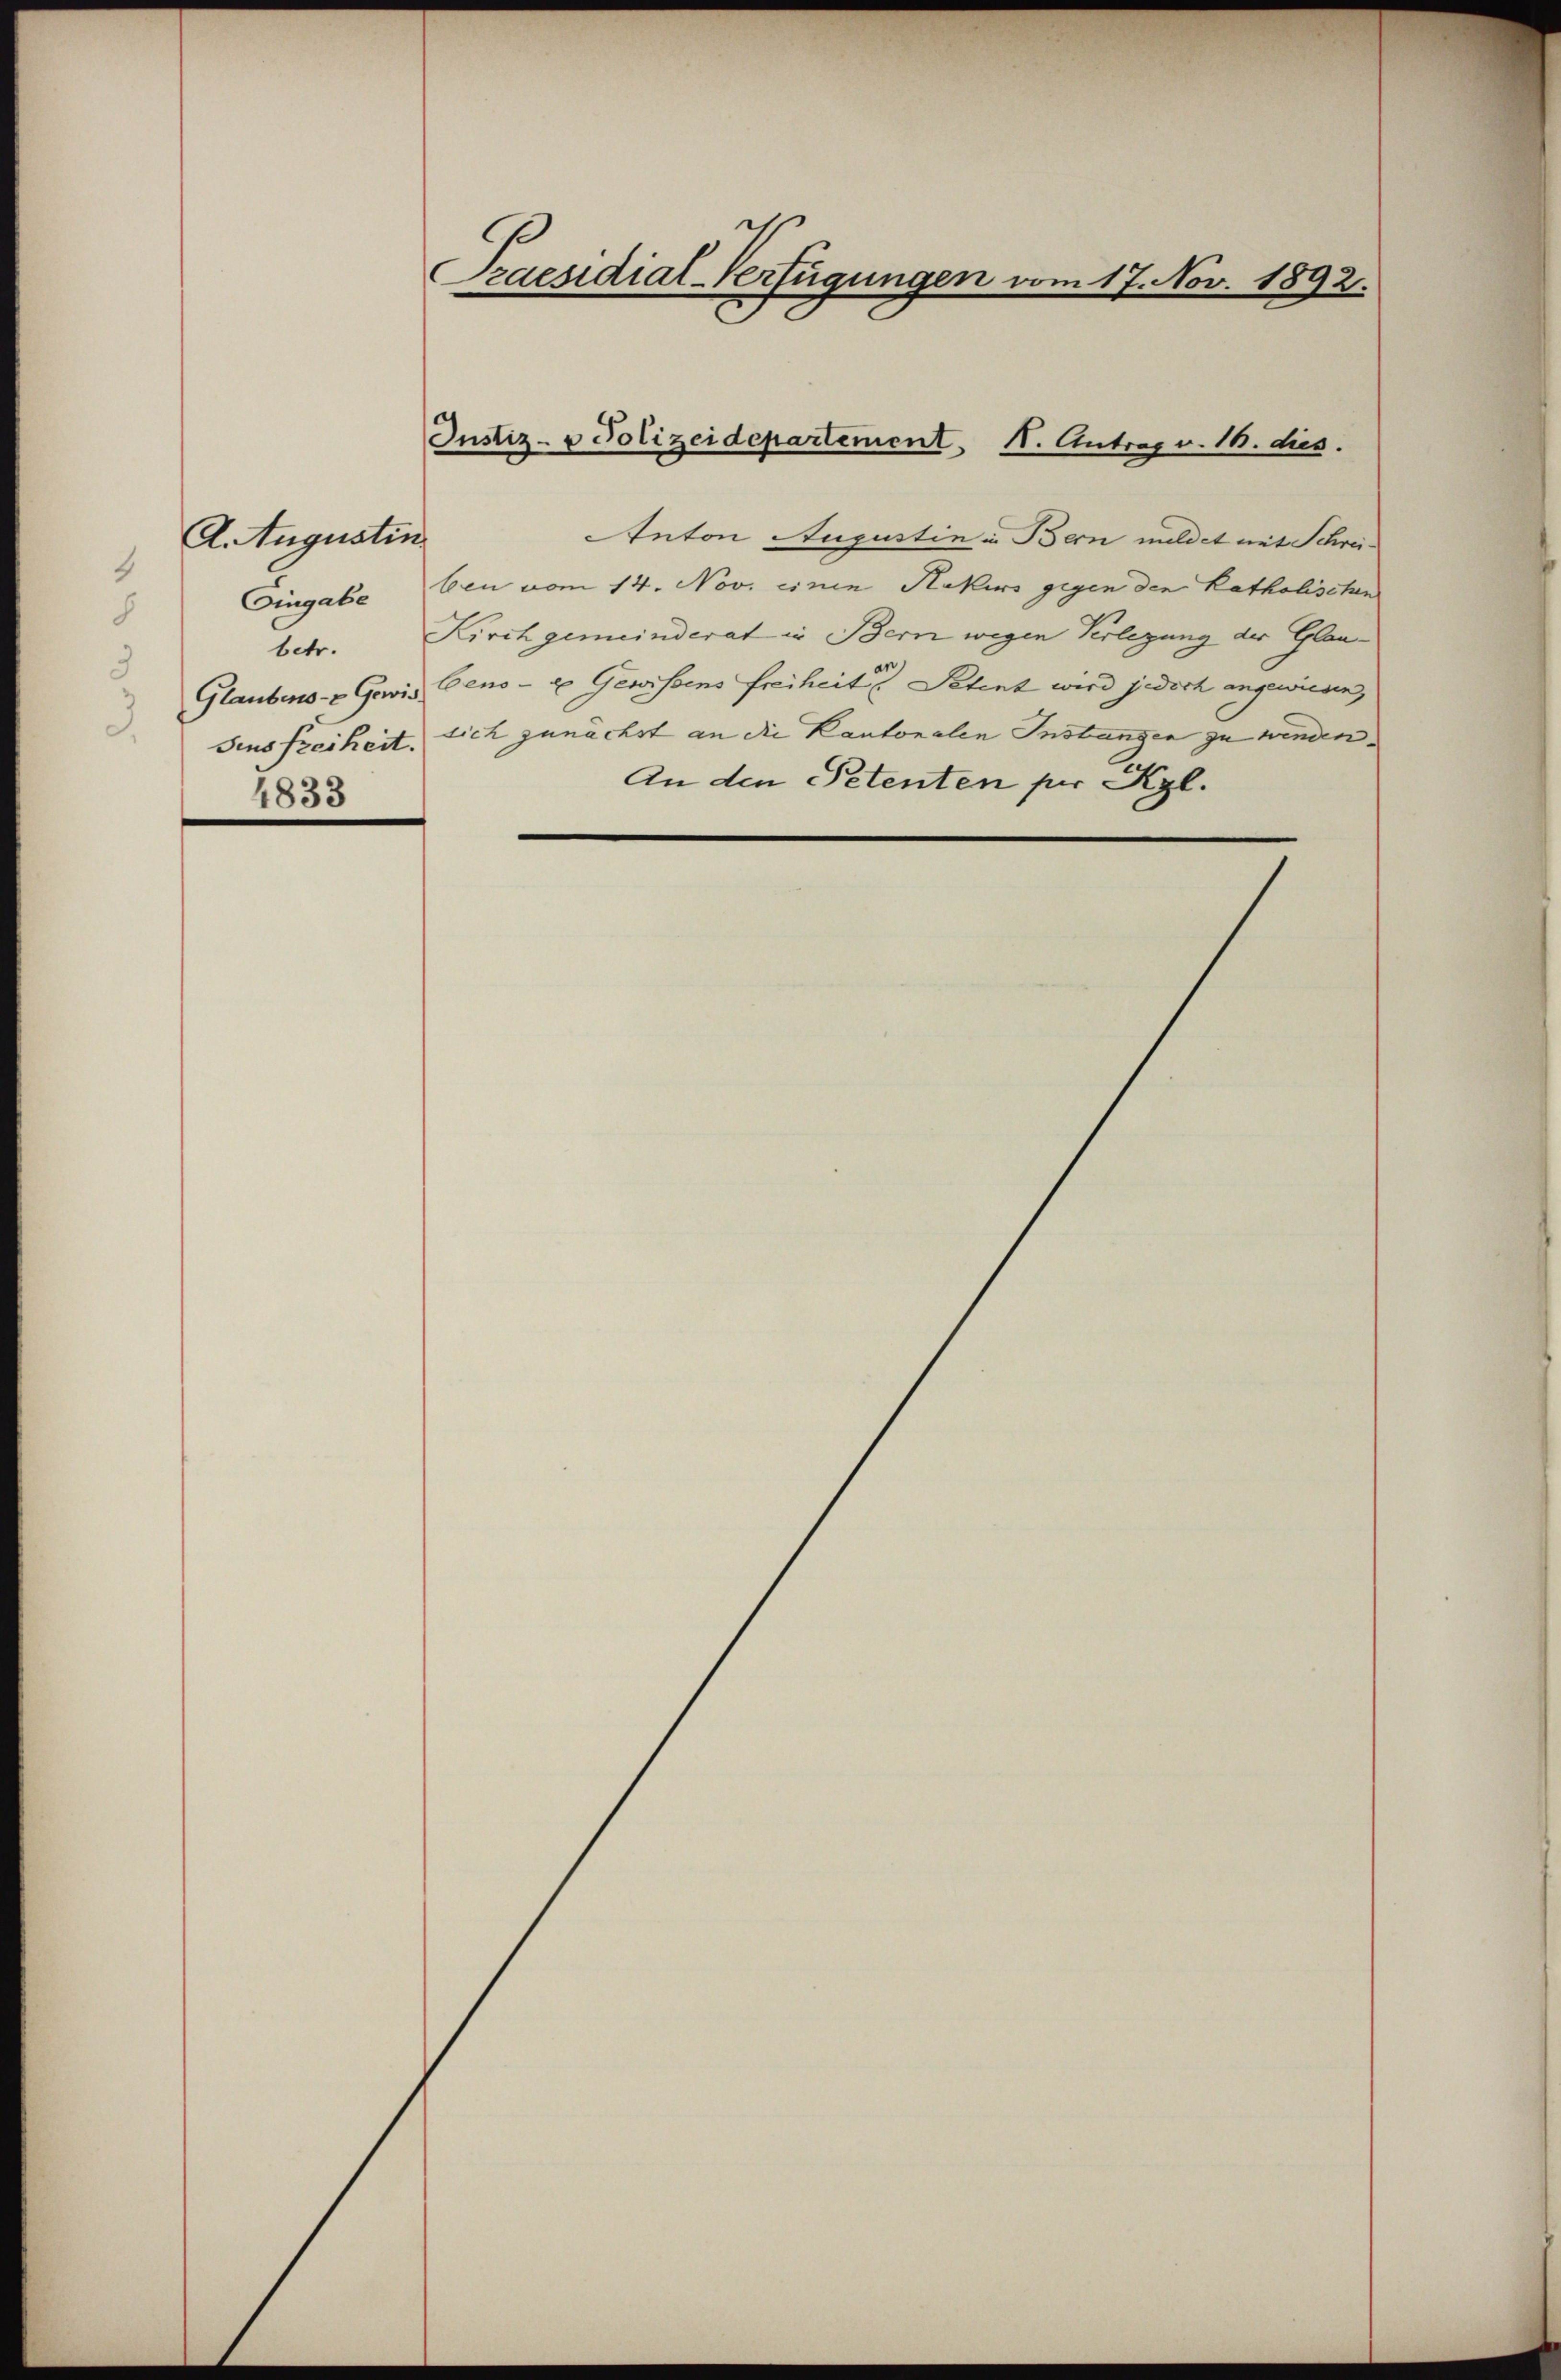
4
s

A. Augustin
Eingabe
betr.
9
Glaubens- & Gewis
Sinsfreiheit.
4833

Praesidial-Verfügungen vom 17. Nov. 1892.

Justiz- & Polizeidepartement, 1. Antrag v. 18. dies.

Anton Augustin in Bern mildet mit Schreiben vom 14. Nov. einin Hakers gegen den katholischen
Kirchgemeinderat in Bern wegen Verlegung der Glaubens- u Gewissens Freiheit Petent wird jedoch angewiesen,
sich zunächst an die Kantonalen Instungen zu wenden¬
An den Petenten per Kgl.